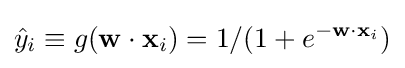
{\hat {y}}_{i}\equiv g(\mathbf {w} \cdot \mathbf {x} _{i})=1/(1+e^{-\mathbf {w} \cdot \mathbf {x} _{i}})